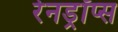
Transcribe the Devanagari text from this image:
रेनड्रॉप्स